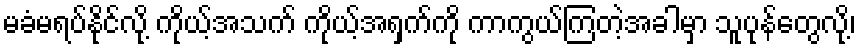
မခံမရပ်နိုင်လို့ ကိုယ့်အသက် ကိုယ့်အရှက်ကို ကာကွယ်ကြတဲ့အခါမှာ သူပုန်တွေလို့၊